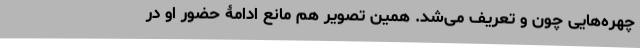
چهره‌هایی چون و تعریف می‌شد. همین تصویر هم مانع ادامۀ حضور او در